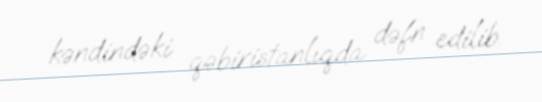
kəndindəki qəbiristanlıqda dəfn edilib.